Annual statistical returns and brief notes on vaccination in Bengal - 1887-1898
Year: 1887
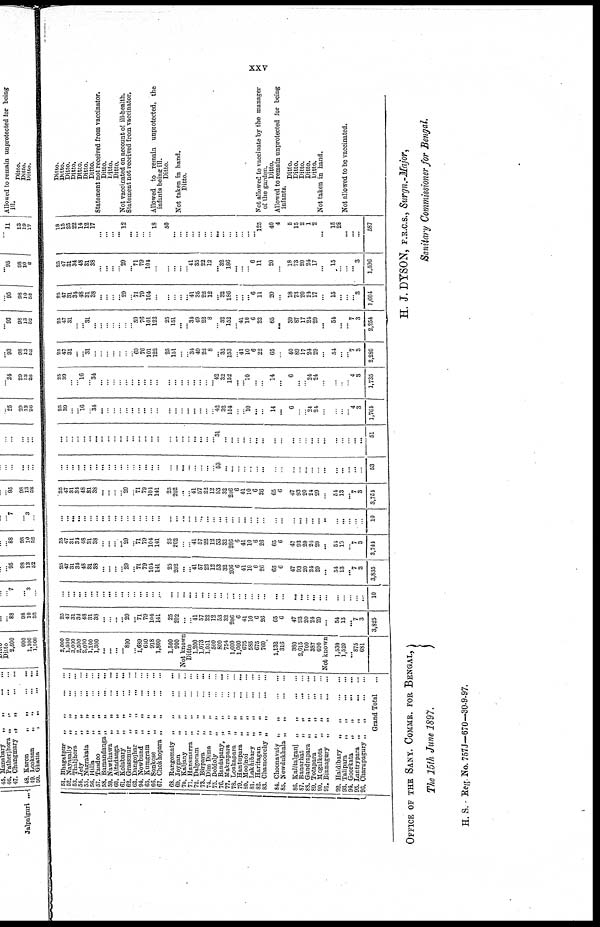
xxv
51. Bhagatpur
„
„
...
...
52. Nayasafly
„
„
...
...
53. Thaljhoro
„
„
...
...
54. Jety
„
„
...
...
55. Nagrakata
„
„
...
...
56. Hilla „ „ ... ...
57. Tandoo
„
„
...
...
58. Bamandanga
„
„
...
...
59. Nawthawa
„
„
...
...
60. Altadanga
„
„
...
...
61. Kolabary
„
„
...
...
62. Grassmur
„
„
...
...
63. Dangojhar
„
„
...
...
64. Nowbund
„
„
...
...
65. Kumgram
„
„
...
...
66. Sonkose
„
„
...
...
67. Chokhopara „
„
...
...
68. Rangomaty „
„
...
...
69. Joygan
„
„
...
...
70. Kaljany
„
„
...
...
71. Hansmarra „
„
...
...
72. Dalgoram
„
„
...
...
73. Birpara
„
„
...
...
74. Dim Dima
„
„
...
...
75. Doldoly
„
„
...
...
76. Bandapany „
„
...
...
77. Makrapara
„
„
...
...
73. Lonkapara
„
„
...
...
79. Hantupara
„
„
...
...
80. Moojnoi
„
„
...
...
81. Lakhibary
„
„
...
...
82. Haritagan
„
„
...
...
83. Chamoorchy „
„
...
...
84. Choonavaty „
„
...
...
85. Newdukhala „
„
...
...
86. Kalitalganj „
„
...
...
87. Banarhat
„
„
...
...
88. Gandrapara „
„ ... ...
89. Totapara
„
„
...
...
90. Mogalkota
„
„
...
...
91. Binnagury
„
„
...
...
92. Haldibary
„ „
...
...
93. Talipara
„
„
...
...
94. Goorkata
„
„
...
...
95. Lantrypara
„
„
...
...
96. Charupagury „
„
...
...
Grand Total ...
2,000
1,500
3,000
2,500
2,000
1,100
1,300
...
...
...
... 800
... 1,689
630
918
1,800
1,500
900
Not known
Ditto
1,200
1,073
1,051
500
800
754
1,600
1,000
675
585
675
760
1,132
316
380
2,615
700
387
690
Not known
1,530
1,520
...
875
681
25
47
31
34
48
31
33
...
...
...
... 29
...
71
79
104
141
25
202
...
...
41
57
22
12
53
32
206
6
41
10
6
26
65
6
47
93
20
24
29
...
54
13
...
7 3
3,825
...
...
...
...
...
...
...
...
...
...
...
...
...
...
...
...
...
...
...
...
...
...
...
...
...
...
...
...
...
...
...
...
...
...
...
...
...
...
...
...
...
...
...
...
...
...
10
25
47
31
31
43
31
38
...
...
...
... 29
... 71
79
104
141
25
202
... ...
41
57
22
12
53
32
206
6
41
10
6
26
65
6
47
93
20
24
29
...
54
13
...
7
3
3,835
25
47
31
34
48
31
38
...
...
...
... 29
... 71
79
104
141
25
202
...
...
41
57
22
12
53
32
206
6
41
10
6
26
65
6
47
93
20
24
29
...
54
13
...
7
3
3,744
...
...
...
...
...
...
...
...
...
...
...
...
...
...
...
...
...
...
... ...
...
...
...
...
...
...
...
...
...
...
...
...
...
...
...
...
...
...
...
...
...
...
...
...
...
...
10
25
47
31
34
48
31
38
...
...
...
...
29
...
71
79
104
141
25
202
...
... 41
57
22
12
53
32
206
6
41
10
6
26
65
6
47
93
20
24
29
...
54
13
...
7
3
3,754
...
...
...
...
...
...
...
...
...
...
...
...
...
...
...
...
...
...
...
...
...
...
...
...
...
53
...
...
...
...
...
...
...
...
...
...
...
...
...
...
...
...
...
...
...
...
53
...
...
...
...
...
...
...
...
...
...
...
... ...
... ...
...
...
...
...
...
...
...
...
...
...
51
...
...
...
...
...
...
...
...
...
...
...
...
... ...
...
...
...
...
...
...
51
25
39
... ...
16
...
34
...
...
...
...
...
...
...
...
...
...
...
...
...
...
...
...
...
...
42
32
154
...
...
10
...
...
14
...
6
...
...
24
24
...
...
...
...
4
3
1,764
25
39
...
... 16
...
34
... ...
...
...
...
...
...
...
...
...
...
...
...
...
...
...
...
...
42
32
152
...
...
10
...
...
14
...
6
...
...
24
24
...
...
...
...
4
3
1,735
25
47
31
...
...
31
...
...
...
...
...
...
...
60
76
101
122
25
151
...
...
34
49
22
8
... 32
153
...
41
10
6
22
65
...
40
89
17
24
29
...
54
...
...
7 3
2,280
25
47
31
...
... 31
...
...
...
...
...
...
... 59
76
101
122
25
151
...
...
34
49
22
8
...
32
152
... 41
10
6
22
65
...
39
87
17
24
29
...
54
...
...
7 3
2,254
25
47
31
31
48
31
38
...
...
...
... 29
...
71
79
104
...
...
...
...
... 41
35
22
12
... 32
186
...
...
... 6
11
20
...
18
73
20
21
17
...
15
...
...
... 3
1,604
25
47
31
34
48
31
38
...
...
...
...
29
...
71
79
104
...
...
...
...
...
41
35
22
12
... 32
186
...
...
... 6
11
20
...
18
73
20
24
17
...
15
...
...
... 3
1,596
18 15
25
22
14
12
17
...
...
...
... 12
...
...
...
...
18
50
...
...
...
...
...
...
...
...
...
...
...
...
...
...
125
40
4
5
15
2
1
2
...
15
28
...
...
...
587
Ditto.
Ditto.
Ditto.
Ditto.
Ditto.
Ditto.
Ditto.
Statement not received from vaccinator.
Ditto.
Ditto.
Ditto.
Not vaccinated on account of ill-health.
Statement not received from vaccinator.
Allowed to remain unprotected, the
infants being ill.
Ditto.
Not taken in hand.
Ditto.
Not allowed to vaccinate by the manager
of the garden.
Ditto.
Allowed to remain unprotected for being
infants.
Ditto.
Ditto.
Ditto.
Ditto.
Ditto.
Not taken in hand.
Not allowed to be vaccinated.
OFFICE OF THE SANY. COMMR. FOR BENGAL,
The 15th June 1897.
H. J. DYSON, F.R.C.S., Surgn.-Major,
Sanitary Commissioner for Bengal.
H. S. - Reg. No. 757J-670-30-9-97.